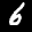
Label: 6